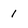
Character: 1